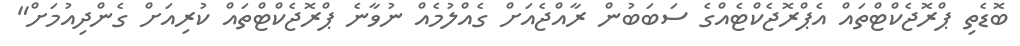
ބޮޑެތި ޕްރޮޖެކްޓްތައް އެޕްރޮޖެކްޓެއްގެ ސަބަބުން ރާއްޖެއަށް ގެއްލުމެއް ނުވާނެ ޕްރޮޖެކްޓްތައް ކުރިއަށް ގެންދިއުމަށް"